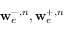
\mathbf { w } _ { e } ^ { - , n } , \mathbf { w } _ { e } ^ { + , n }